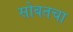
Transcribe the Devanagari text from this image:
सोबतचा